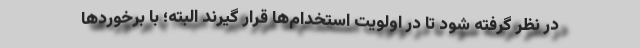
در نظر گرفته شود تا در اولویت استخدام‌ها قرار گیرند البته؛ با برخوردها